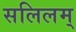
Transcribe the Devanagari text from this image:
सलिलम्